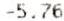
-5.76